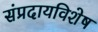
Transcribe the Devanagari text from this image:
संप्रदायविशेष